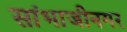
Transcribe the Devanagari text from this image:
सांभाजीनगर